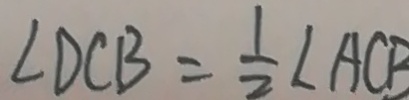
\angle D C B = \frac { 1 } { 2 } \angle A C B